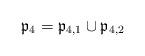
LaTeX: \begin{align*} \mathfrak{p}_4 = \mathfrak{p}_{4,1} \cup \mathfrak{p}_{4,2}\end{align*}